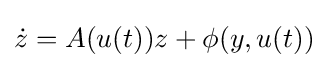
{\dot {z}}=A(u(t))z+\phi (y,u(t))